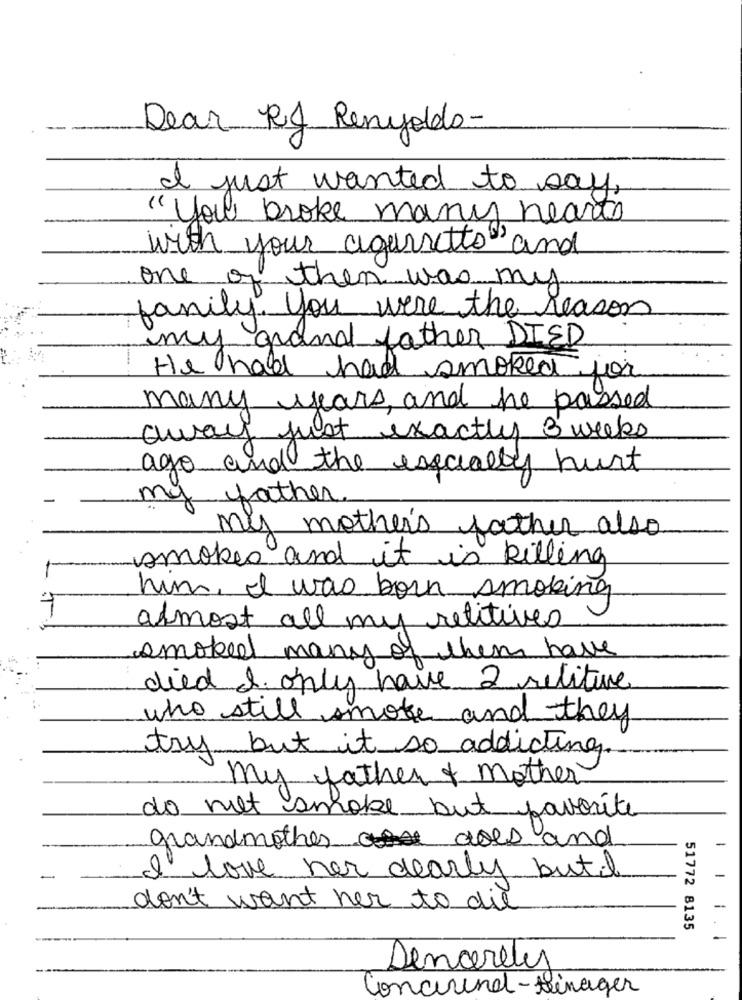
Dear RJ Renyoldo-
I just wanted to say,
"you broke many hearts
with your agarretto and
one of then was my
family. you were the reason
my grand father DIED
He had had smoked for
many years and he passed
away just exactly 3 weeks
ago and the excially hurt
my father.
my mother's father also
smokes and it is killing
him, I was born smoking
almost all my retitives
smoked many of them have
died S. only have 2 reliture
who still smoke and they
try but it so addicting.
my father & mother
do met smoke but favorite
grandmotherdoes and
-
I love her dearly putil
-
don't want her to die
51772 8135
-
Dencereles
Concerend-teinager